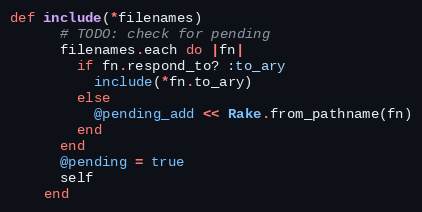
Language: Ruby
def include(*filenames)
      # TODO: check for pending
      filenames.each do |fn|
        if fn.respond_to? :to_ary
          include(*fn.to_ary)
        else
          @pending_add << Rake.from_pathname(fn)
        end
      end
      @pending = true
      self
    end